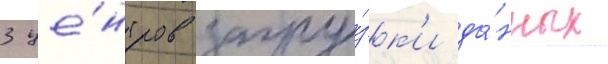
3 це́нтров загру́зк'и да́нных